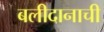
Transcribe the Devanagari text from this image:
बलीदानाची